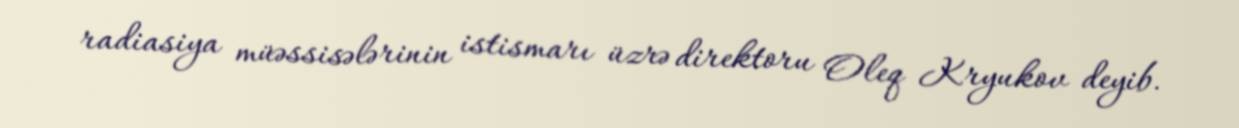
radiasiya müəssisələrinin istismarı üzrə direktoru Oleq Kryukov deyib.